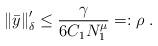
LaTeX: \begin{align*}\left\Vert \bar{y}\right\Vert _{\delta}^{\prime}\leq\frac{\gamma}{6C_{1}N_{1}^{\mu}}=:\rho\;. \end{align*}